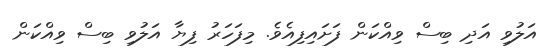
އަލުވި އަދި ބިސް ވިއްކަން ފަށައިފިއެވެ. މިފަހަރު ފިޔާ އަލުވި ބިސް ވިއްކަން